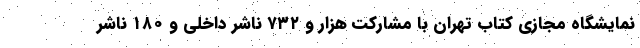
نمایشگاه مجازی کتاب تهران با مشارکت هزار و ۷۳۲ ناشر داخلی و ۱۸۰ ناشر